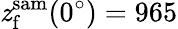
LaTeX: \mathit{z}_{\mathrm{{f}}}^{\mathrm{{sam}}}(0^{\circ})=965